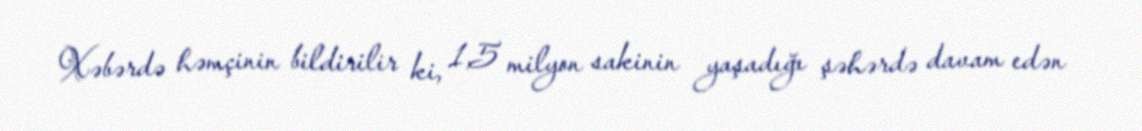
Xəbərdə həmçinin bildirilir ki, 1,5 milyon sakinin yaşadığı şəhərdə davam edən